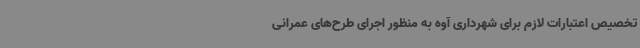
تخصیص اعتبارات لازم برای شهرداری آوه به منظور اجرای طرح‌های عمرانی